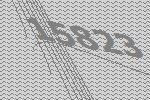
15823